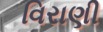
વિરાણી